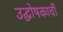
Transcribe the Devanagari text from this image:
उद्घोषकाची